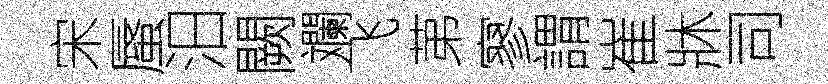
宋蜃汨闕斕飞苐寥謂崔牀司